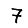
Digit: 7